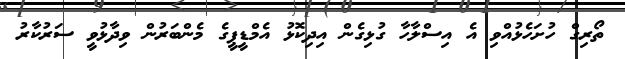
ތޯރިގް ހުށަހެޅުއްވި އެ އިސްލާހާ ގުޅިގެން އިދިކޮޅު އެމްޑީޕީގެ މެންބަރުން ވިދާޅުވީ ސަރުކާރު